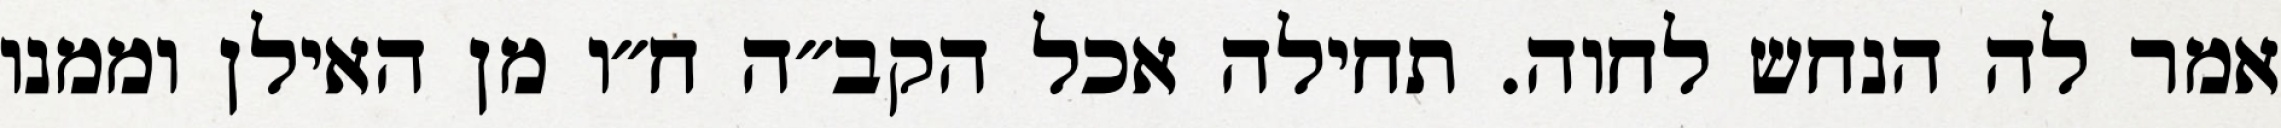
אמר לה הנחש לחוה. תחילה אכל הקב״ה ח״ו מן האילן וממנו